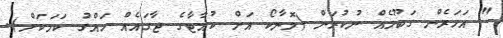
" އަހަރެން ގަބޫލެއް ނުކުރަން (މޮނާކޯ އަށް ކުއާޓާގެ ޖާގައެއް ހައްގު ކަމަކަށް).